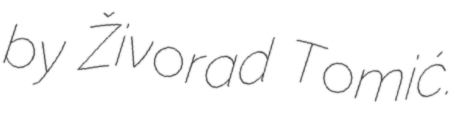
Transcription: by Živorad Tomić.